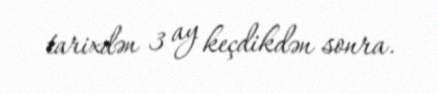
tarixdən 3 ay keçdikdən sonra.